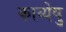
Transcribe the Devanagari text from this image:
काव्येषु